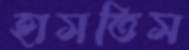
হাসতিস